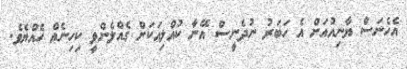
އެހެނަސް ޔާނިއުއަށް އެ ހަބަރު ނުދެނީސް އޭނާ ކުއްލިއަކަށް ގެއްލެންވީ ކިހިނެއް ހެއްޔެވެ.